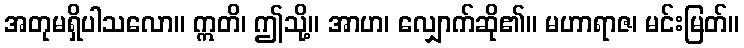
အတုမရှိပါသလော။ ဣတိ၊ ဤသို့။ အာဟ၊ လျှောက်ဆို၏။ မဟာရာဇ၊ မင်းမြတ်။